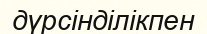
дүрсінділікпен